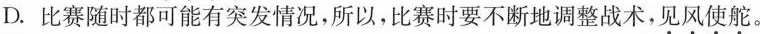
D.比赛随时都可能有突发情况，所以，比赛时要不断地调整战术，见风使舵。